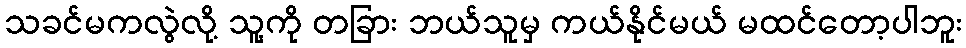
သခင်မကလွဲလို့ သူ့ကို တခြား ဘယ်သူမှ ကယ်နိုင်မယ် မထင်တော့ပါဘူး